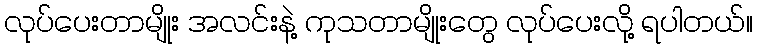
လုပ်ပေးတာမျိုး အလင်းနဲ့ ကုသတာမျိုးတွေ လုပ်ပေးလို့ ရပါတယ်။